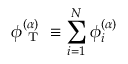
\phi _ { \mathrm { ~ T ~ } } ^ { ( \alpha ) } \equiv \sum _ { i = 1 } ^ { N } \phi _ { i } ^ { ( \alpha ) }